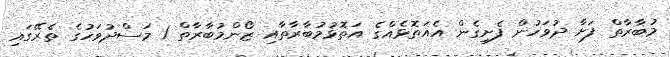
މުބާރާތް ފަށާ ދުވަހުން ފެށިގެން އެއަތޮޅެއްގެ އަތޮޅުމުބާރާތާއި ޒޯންމުބާރާތް 1 މަސްދުވަހުގެ ތެރޭގައި